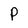
Character: P